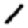
Digit: 1